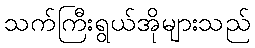
သက်ကြီးရွယ်အိုများသည်